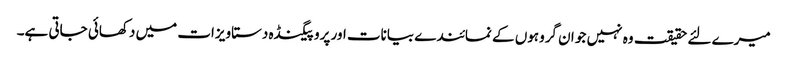
میرے لئے حقیقت وہ نہیں جو ا ن گروہوں کے نمائندے بیانات اور پروپیگنڈہ دستاویزات میں دکھائی جاتی ہے۔